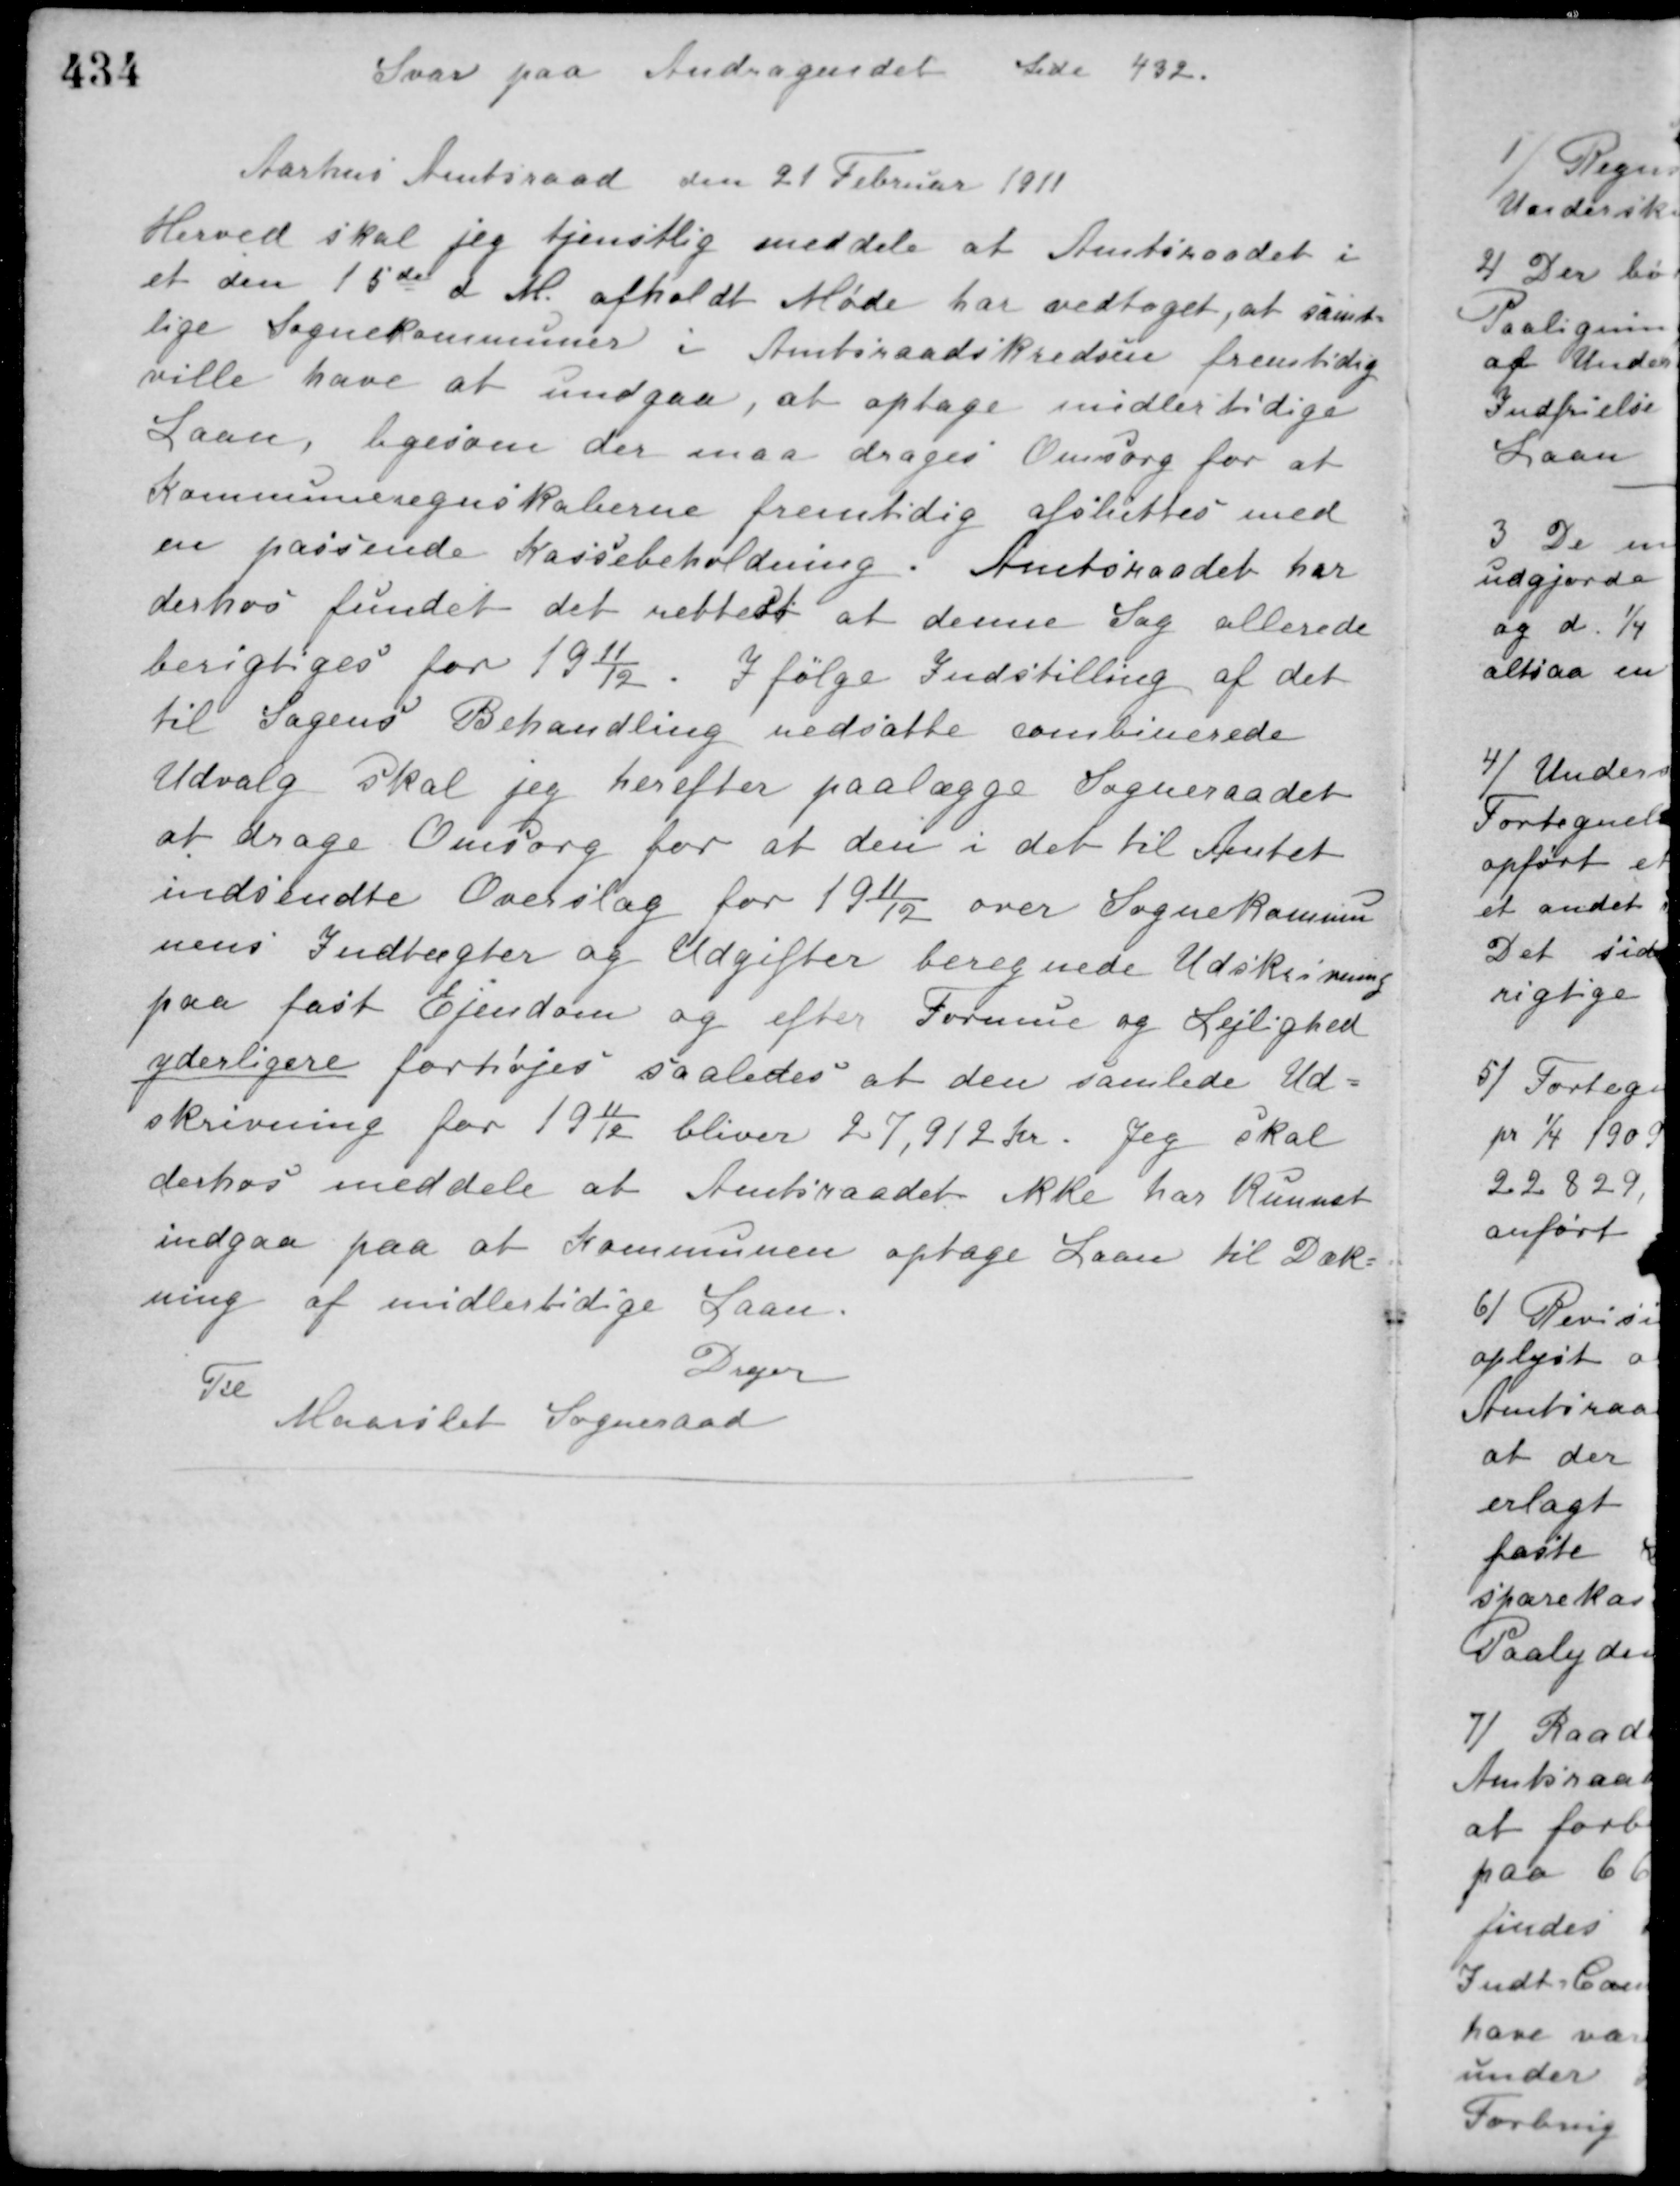
Transskription:
Svar paa Andragendet Side 432.
Aarhus Amtsraad den 21 Februar 1911
Herved skal jeg tjenstlig meddele at Amtsraadet i
et den 15de d. M. afholdt Møde har vedtaget, at samt-
lige Sognekommuner i Amtsraadskredsen fremtidig
ville have at undgaa, at optage midlertidige
Laan, ligesom der maa drages Omsorg for at
Kommuneregnskaberne fremtidig afsluttes med
en passende Kassebeholdning. Amtsraadet har
derhos fundet det rettest at denne Sag allerede
berigtiges for 1911/12. I følge Indstilling af det
til Sagens Behandling nedsatte combinerede
Udvalg skal jeg herefter paalægge Sogneraadet
at drage Omsorg for at den i det til Amtet
indsendte Overslag for 1911/12 over Sognekommu-
nens Indtægter og Udgifter beregnede Udskrivning
paa fast Ejendom og efter Formue og Lejlighed
yderligere forhøjes saaledes at den samlede Ud-
skrivning for 1911/12 bliver 27,912 Kr. Jeg skal
derhos meddele at Amtsraadet ikke har kunnet
indgaa paa at Kommunen optage Laan til Dæk-
ning af midlertidige Laan.
Drejer
Til
Maarslet Sogneraad